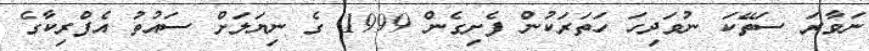
ނަވާރަ ސަތޭކަ ނުވަދިހަ ހަތަރަކުން ފެށިގެން 1999 ގެ ނިޔަލަށް ސައުތު އެފްރިކާގެ